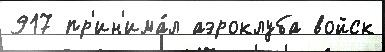
917 пр'ин'има́л аэроклуба войск